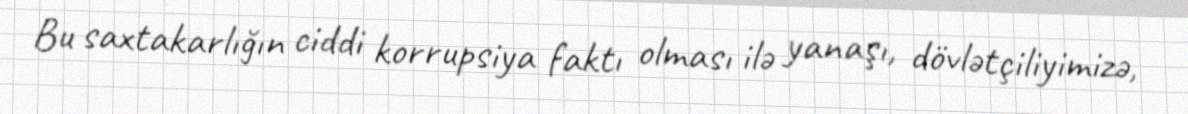
Bu saxtakarlığın ciddi korrupsiya faktı olması ilə yanaşı, dövlətçiliyimizə,